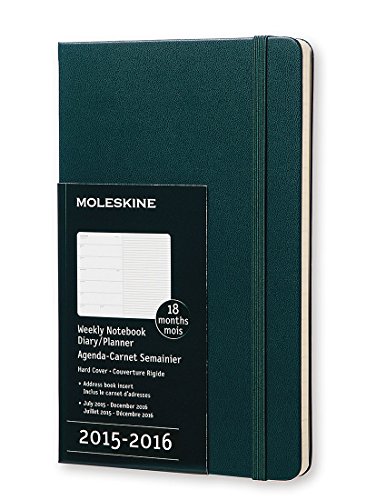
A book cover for Moleskine 2015-2016 Weekly Notebook, 18M, Large, Tide Green, Hard Cover (5 x 8.25); Moleskine; Calendars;